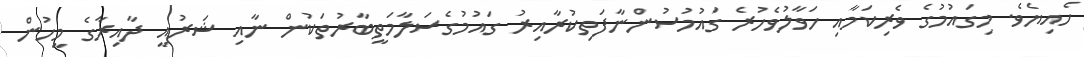
ހެއިޔެވެ. މިގައުމުގެ ވެރިކަމާއި ހަވާލުވެހުރެ ގައުމުސުންނާފަތިކުރާއިރު ގައުމުގެސަލާމަތީބާރުތަކުން ނާއި ޝަރުއީ ދާއިރާގެ މީހުން